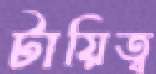
টায়িত্ব